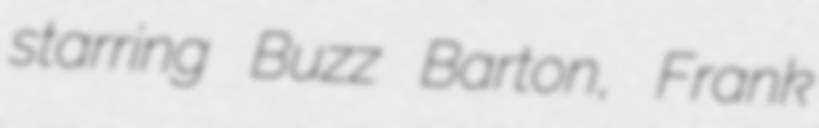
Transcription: starring Buzz Barton, Frank